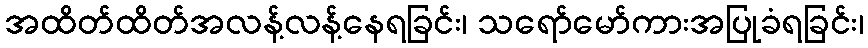
အထိတ်ထိတ်အလန့်လန့်နေရခြင်း၊ သရော်မော်ကားအပြုခံရခြင်း၊